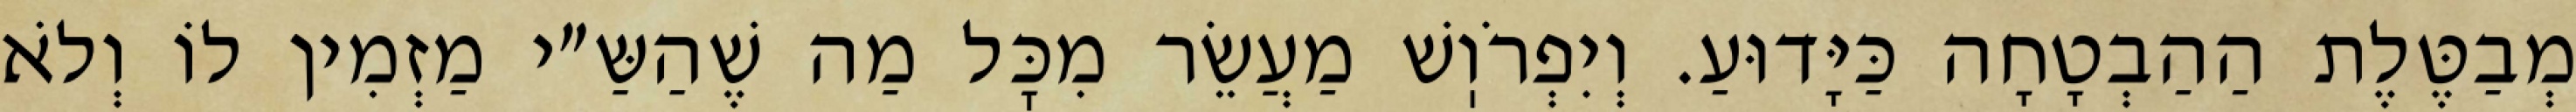
מְבַטֶּלֶת הַהַבְטָחָה כַּיָּדוּעַ. וְיִפְרֹוֽשׁ מַעֲשֵׂר מִכׇּל מַה שֶׁהַשַּ״י מַזְמִין לוֹ וְלֹא